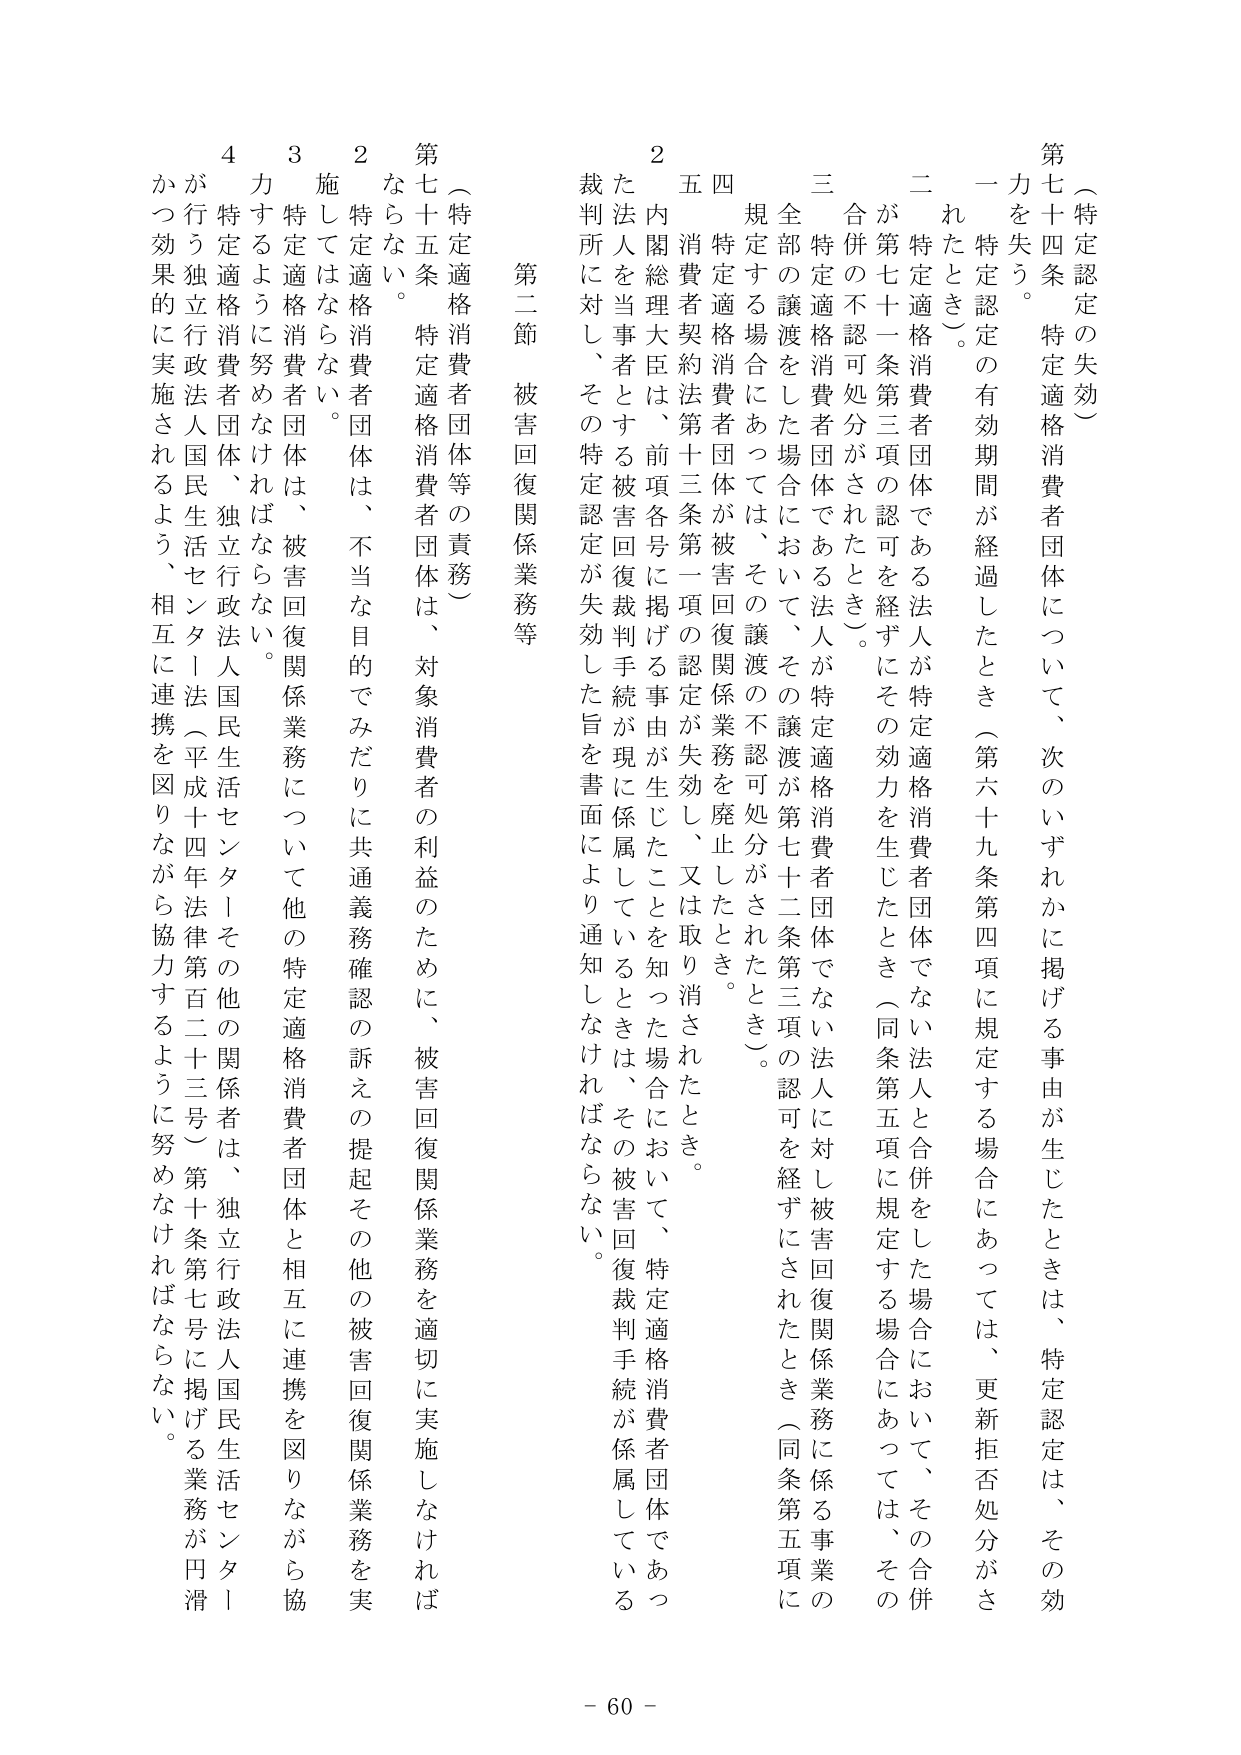
（特定認定の失効）

第七十四条　特定適格消費者団体について、次のいずれかに掲げる事由が生じたときは、特定認定は、その効力を失う。

一　特定認定の有効期間が経過したとき（第六十九条第四項に規定する場合にあっては、更新拒否処分がされたとき）。

二　特定適格消費者団体である法人が特定適格消費者団体でない法人と合併をした場合において、その合併が第七十一条第三項の認可を経ずにその効力を生じたとき（同条第五項に規定する場合にあっては、その合併の不認可処分がされたとき）。

三　特定適格消費者団体である法人が特定適格消費者団体でない法人に対し被害回復関係業務に係る事業の全部の譲渡をした場合において、その譲渡が第七十二条第三項の認可を経ずにされたとき（同条第五項に規定する場合にあっては、その譲渡の不認可処分がされたとき）。

四　特定適格消費者団体が被害回復関係業務を廃止したとき。

五　消費者契約法第十三条第一項の認定が失効し、又は取り消されたとき。

二　内閣総理大臣は、前項各号に掲げる事由が生じたことを知った場合において、特定適格消費者団体であった法人を当事者とする被害回復裁判手続が現に係属しているときは、その被害回復裁判手続が係属している裁判所に対し、その特定認定が失効した旨を書面により通知しなければならない。

第二節　被害回復関係業務等

（特定適格消費者団体等の責務）

第七十五条　特定適格消費者団体は、対象消費者の利益のために、被害回復関係業務を適切に実施しなければならない。

２　特定適格消費者団体は、不当な目的でみだりに共通義務確認の訴えの提起その他の被害回復関係業務を実施してはならない。

３　特定適格消費者団体は、被害回復関係業務について他の特定適格消費者団体と相互に連携を図りながら協力するように努めなければならない。

４　特定適格消費者団体、独立行政法人国民生活センターその他の関係者は、独立行政法人国民生活センター（平成十四年法律第百二十三号）第十条第七号に掲げる業務が円滑かつ効果的に実施されるよう、相互に連携を図りながら協力するように努めなければならない。

- 60 -